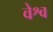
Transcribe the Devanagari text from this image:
वेश्व